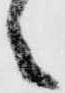
之